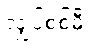
လျှပ်စစ်မီး